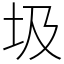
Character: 圾